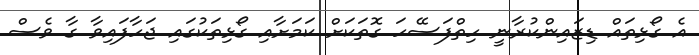
އެ ގޯޅިތައް ޑިޒައިންކުރާނީ ހިތްފަސޭހަ ގޮތަކަށް ކަމަށާއި ގޯޅިތަކުގައި ޖަހާފައިވާ ގާ ވެސް